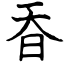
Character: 昋